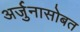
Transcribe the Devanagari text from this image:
अर्जुनासोबत